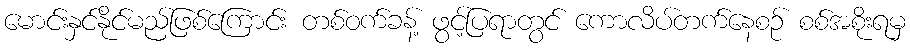
မောင်းနှင်နိုင်မည်ဖြစ်ကြောင်း တစ်ဝက်ခန့် ဖွင့်ပြရာတွင် ကောလိပ်တက်နေစဉ် စစ်အစိုးရမှ